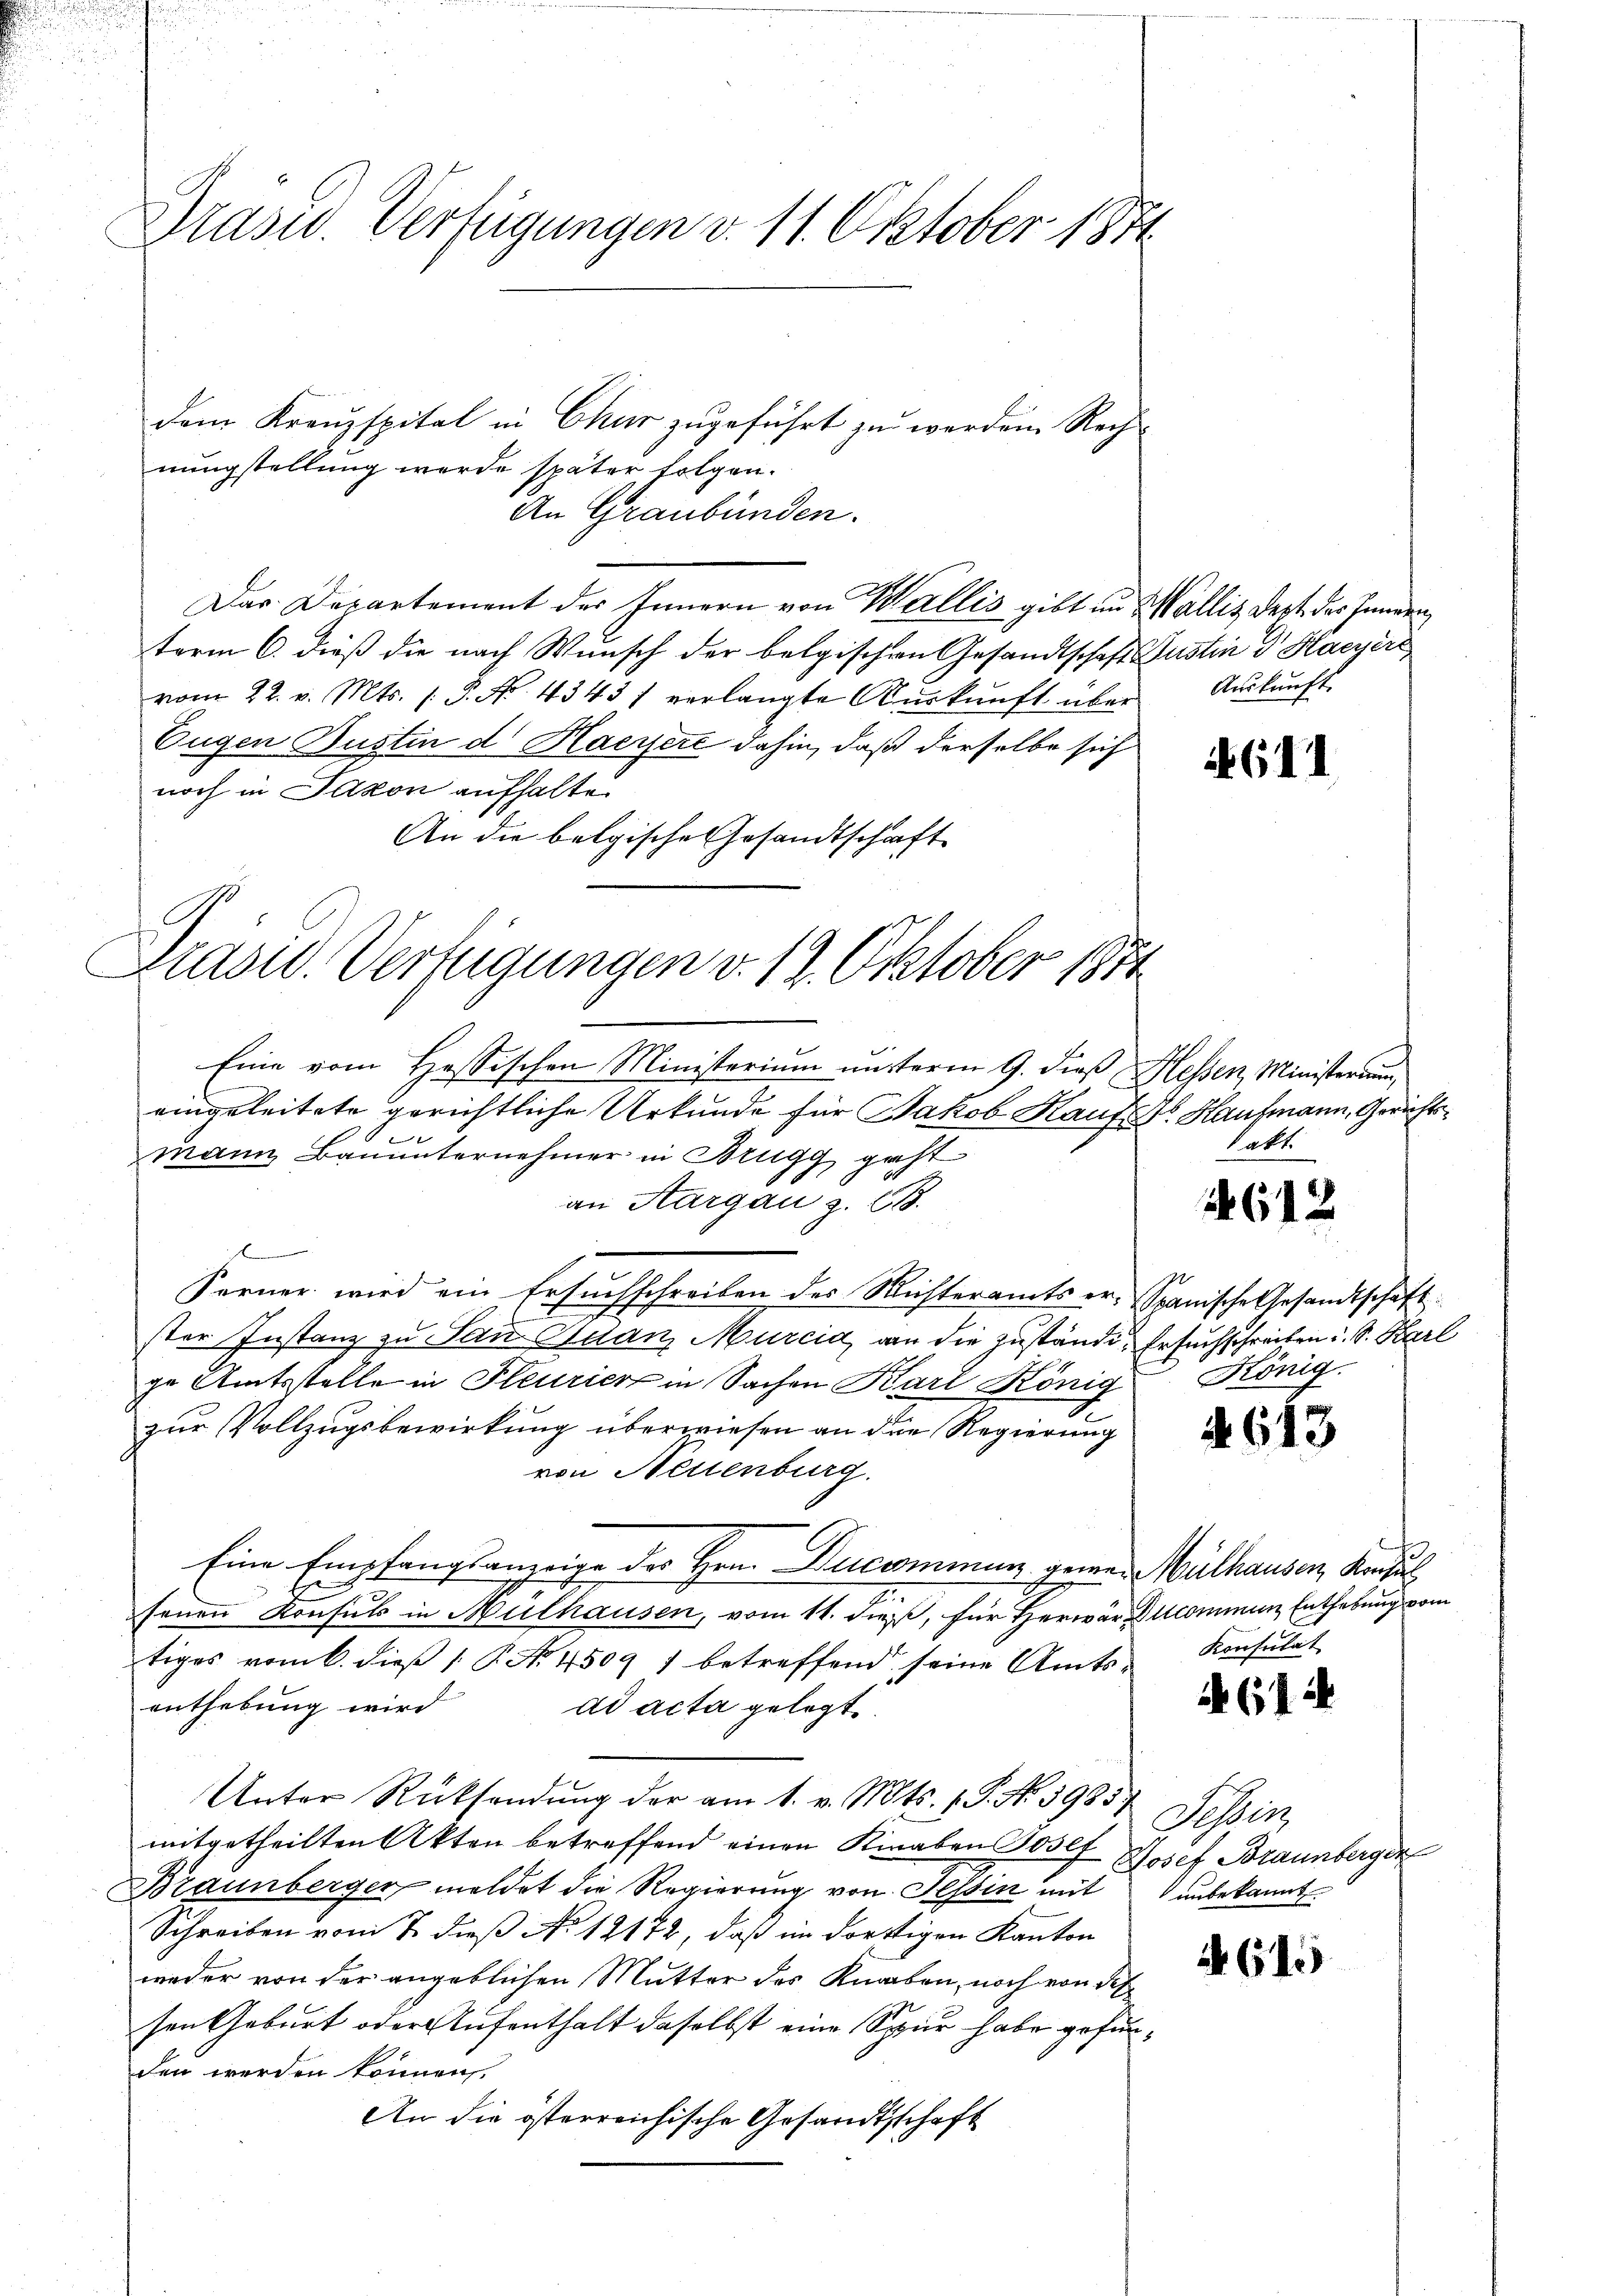
Präsid. Verfügungen v. 11. Oktober 1851

dem Kreuzspital in Chur zugeführt zu werden. Rechnungstellung werde später folgen.
An Graubünden.
Das Departement des Innern von Wallis gibt in Wallis dest des Innen,
term 6. dieß die nach Wunsch der belgischen Gesandtschaft Justin dr Haeyer
vom 22. v. Mts. P. Nr. 43431 verlangte Aŭskŭnft über Aŭskŭnft
Eugen Justin d. Haeyere dahin, daß derselbe sich
noch in Jakon aufhalten
An die belgische Gesandtschaft
Präsid. Verfügungen v. 19. Oktober 1871

Eine vom Hassischen Ministerium unterm 9. dieß Hessen, Ministeraum,
eingeleitete gerichtliche Urkunde für Jakob Kauf ds Hausmann, Gerichtsmann Bauunternehmer in Brugg, geht
an Aargau z. B.

Ferner wird ein Ersuchschreiben des Richteramts er- Spanische Gesandtschaft
ster Instanz zu Sau Quanz Murcid, an die Zuständi- Ersuchschreiben u. S. Karl
ge Amtsstelle in Fleurier in Sachen Karl König König.
zur Vollzugsbewirkung überwiesen an die Regierung
von Neuenburg.
Eine Empfangsanzeige der Hrn. Decommen genen Mülhausen, Konsul
E
senen Konsuls in Mülhausen, vom 11. dieß, für Herwärlcommen Enthebung vom
tiges vom 6. dieß P. Nr. 4509 f betreffend seine Amtsenthebung wird
ad acta gelegt.
Unter Rücksendung der am 1. v. Mts. S. Nr. 39357. Tessin,
mitgetheilten Akten betreffend einen Kinaben Josef Josef Braunberger
Braunberger meldet die Regierung von Tessin mit unbekannt
Schreiben vom 2. dieß No 12172, daß im dortigen Kanton
weder von der angeblichen Mutter des Knaben, noch von des
sen Geburt oder Aufenthalt daselbst eine Spur habe gefunden werden können
An die österreichische Gesandtschaft

611

kakt.

612

4613

Konsulat

(144

A615